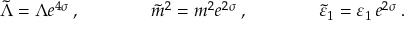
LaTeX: \tilde { \Lambda } = \Lambda e ^ { 4 \sigma } \: , \qquad \qquad \tilde { m } ^ { 2 } = m ^ { 2 } e ^ { 2 \sigma } \: , \qquad \qquad \tilde { \varepsilon } _ { 1 } = \varepsilon _ { 1 } \, e ^ { 2 \sigma } \: . \nonumber